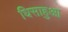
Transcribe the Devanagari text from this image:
घिसाहुआ